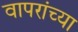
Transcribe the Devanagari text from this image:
वापरांच्या